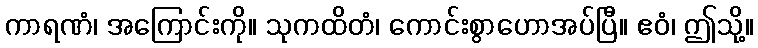
ကာရဏံ၊ အကြောင်းကို။ သုကထိတံ၊ ကောင်းစွာဟောအပ်ပြီ။ ဧဝံ၊ ဤသို့။